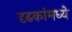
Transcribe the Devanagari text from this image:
दृढकांमध्ये